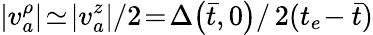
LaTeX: |v_{a}^{\rho}|\! \simeq\! |v_{a}^{z}|/2\! =\! \Delta\! \left(\bar{t},0\right)/\, 2(t_{e}\! -\bar{t})